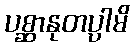
ပစ္ဆာနုတပ္ပါမိ